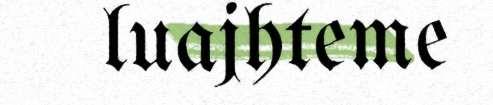
luajhteme